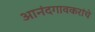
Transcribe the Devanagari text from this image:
आनंदगावकरांचे